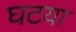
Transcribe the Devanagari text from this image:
घटया